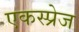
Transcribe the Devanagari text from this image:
एकस्प्रेज